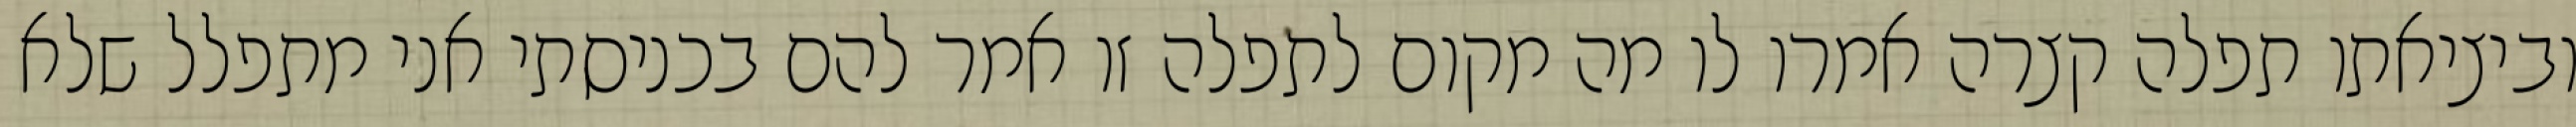
וביציאתו תפלה קצרה אמרו לו מה מקום לתפלה זו אמר להם בכניסתי אני מתפלל שלא